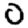
Digit: 0